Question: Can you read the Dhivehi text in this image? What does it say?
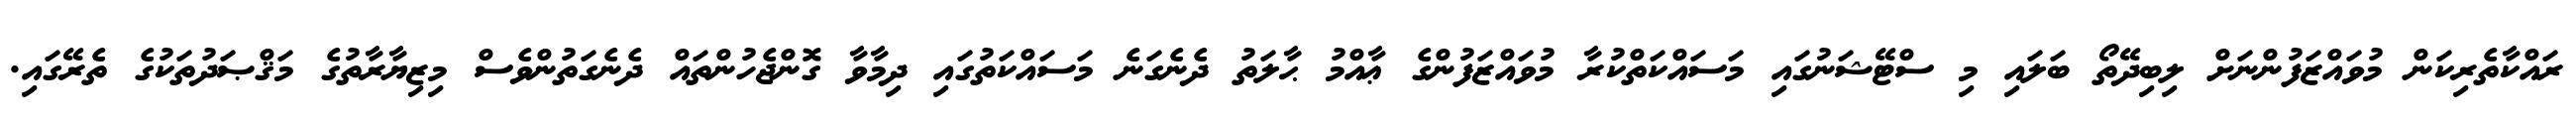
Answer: ރައްކާތެރިކަން މުވައްޒަފުންނަށް ލިބިދޭތޯ ބަލައި މި ސްޓޭޝަނުގައި މަސައްކަތްކުރާ މުވައްޒަފުންގެ ޢާއްމު ޙާލަތު ދެނެގަނެ މަސައްކަތުގައި ދިމާވާ ގޮންޖެހުންތައް ދެނެގަތުންވެސް މިޒިޔާރާތުގެ މަޤްޞަދުތަކުގެ ތެރޭގައި.